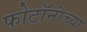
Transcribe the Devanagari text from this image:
फोटॉनांच्या